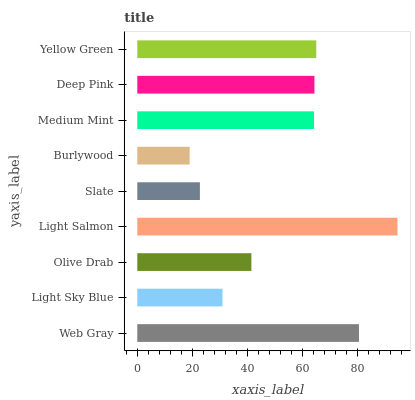
| yaxis_label | bars |
 | --- | --- |
 | Web Gray | 80.6 |
 | Light Sky Blue | 31 |
 | Olive Drab | 41.5 |
 | Light Salmon | 94.6 |
 | Slate | 22.8 |
 | Burlywood | 19.1 |
 | Medium Mint | 64.3 |
 | Deep Pink | 64.4 |
 | Yellow Green | 65.1 |